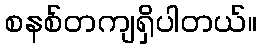
စနစ်တကျရှိပါတယ်။